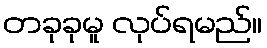
တခုခုမူ လုပ်ရမည်။